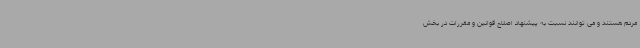
مردم هستند و می توانند نسبت به پیشنهاد اصلاح قوانین و مقررات در بخش